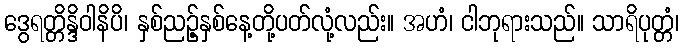
ဒွေရတ္တိန္ဒိဝါနိပိ၊ နှစ်ညဉ့်နှစ်နေ့တို့ပတ်လုံ့လည်း။ အဟံ၊ ငါဘုရားသည်။ သာရိပုတ္တံ၊